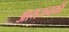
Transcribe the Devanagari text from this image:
आमजनकी